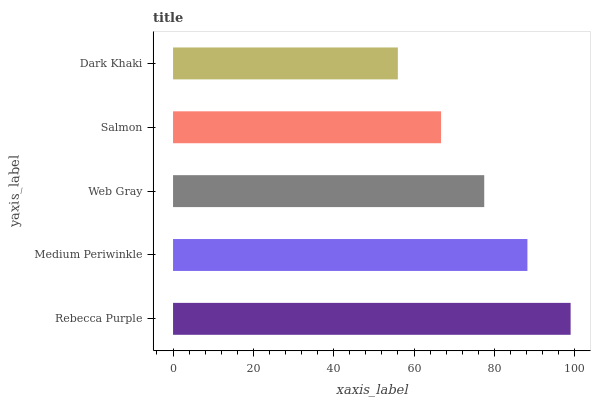
| yaxis_label | bars |
 | --- | --- |
 | Rebecca Purple | 99 |
 | Medium Periwinkle | 88.2 |
 | Web Gray | 77.5 |
 | Salmon | 66.7 |
 | Dark Khaki | 56 |